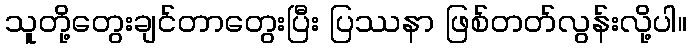
သူတို့တွေးချင်တာတွေးပြီး ပြဿနာ ဖြစ်တတ်လွန်းလို့ပါ။